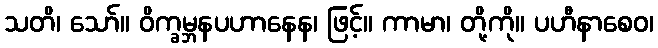
သတိ၊ သော်။ ဝိက္ခမ္ဘနပဟာနေန၊ ဖြင့်။ ကာမာ၊ တို့ကို။ ပဟီနာစေဝ၊